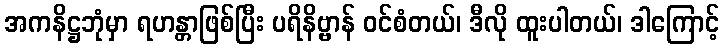
အကနိဋ္ဌဘုံမှာ ရဟန္တာဖြစ်ပြီး ပရိနိဗ္ဗာန် ဝင်စံတယ်၊ ဒီလို ထူးပါတယ်၊ ဒါကြောင့်